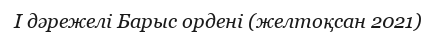
I дәрежелі Барыс ордені (желтоқсан 2021)